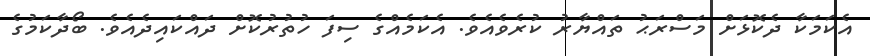
އެކަމަކާ ދެކޮޅަށް މަސްރަޙު ތައްޔާރު ކުރެވެއެވެ. އެކަމެއްގެ ސިފަ ހުތުރުކޮށް ދައްކައިދެއެވެ. ބޯދާކަމުގެ